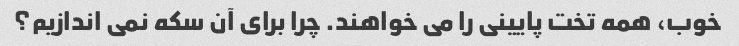
خوب، همه تخت پایینی را می خواهند. چرا برای آن سکه نمی اندازیم؟